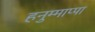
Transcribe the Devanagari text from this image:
हनुम्माप्पा